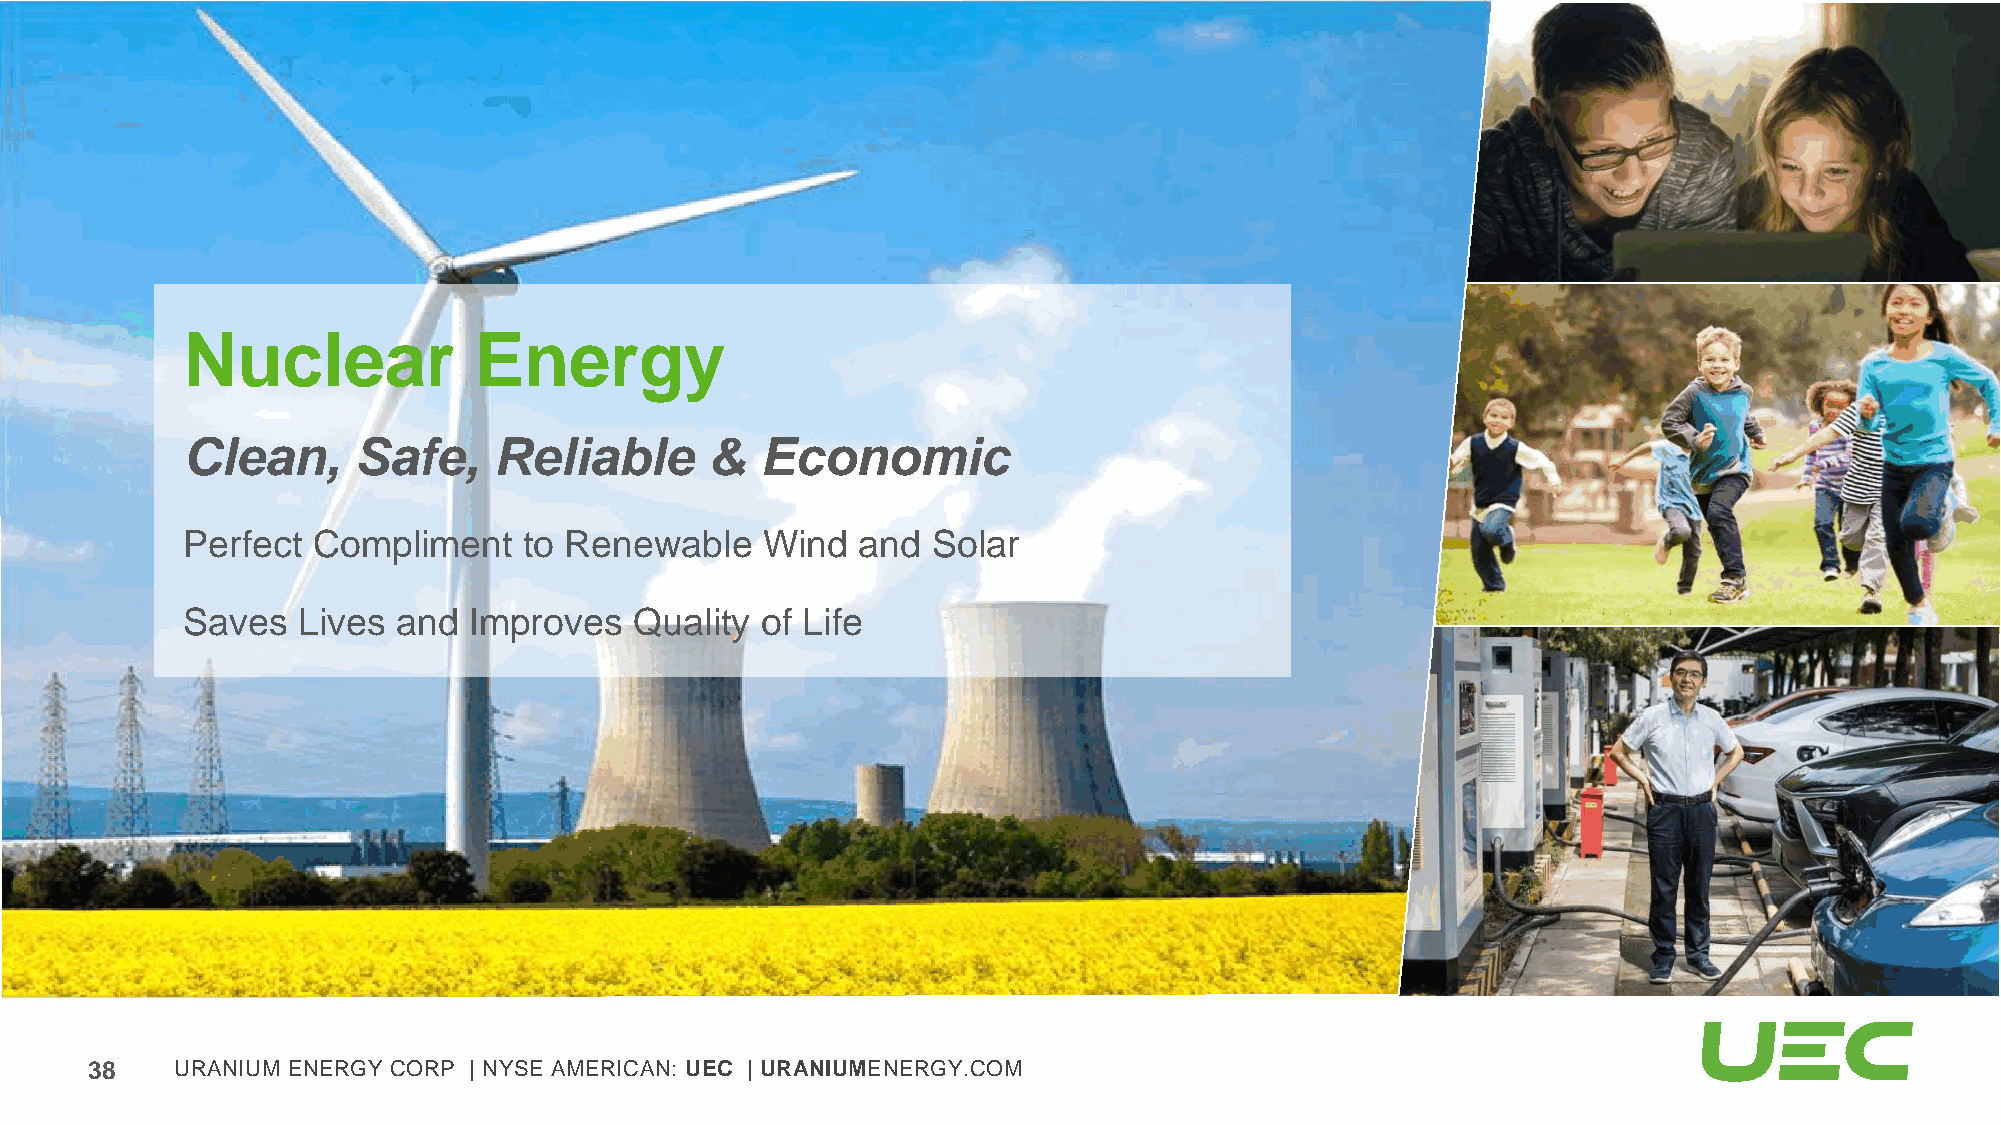
Nuclear            Energy
 Clean,     Safe,     Reliable      &  Economic
 Perfect  Compliment    to Renewable   Wind   and  Solar
 Saves   Lives and  Improves   Quality of Life
 38    URANIUM ENERGY CORP | NYSE AMERICAN: UEC | URANIUMENERGY.COM